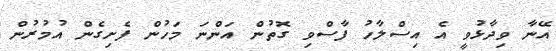
އޭނާ ވިދާޅުވީ އެ އިސްލާހު ފާސްވި ގޮތުން އަންނަ މަހުން ފެށިގެން އުމުރުން